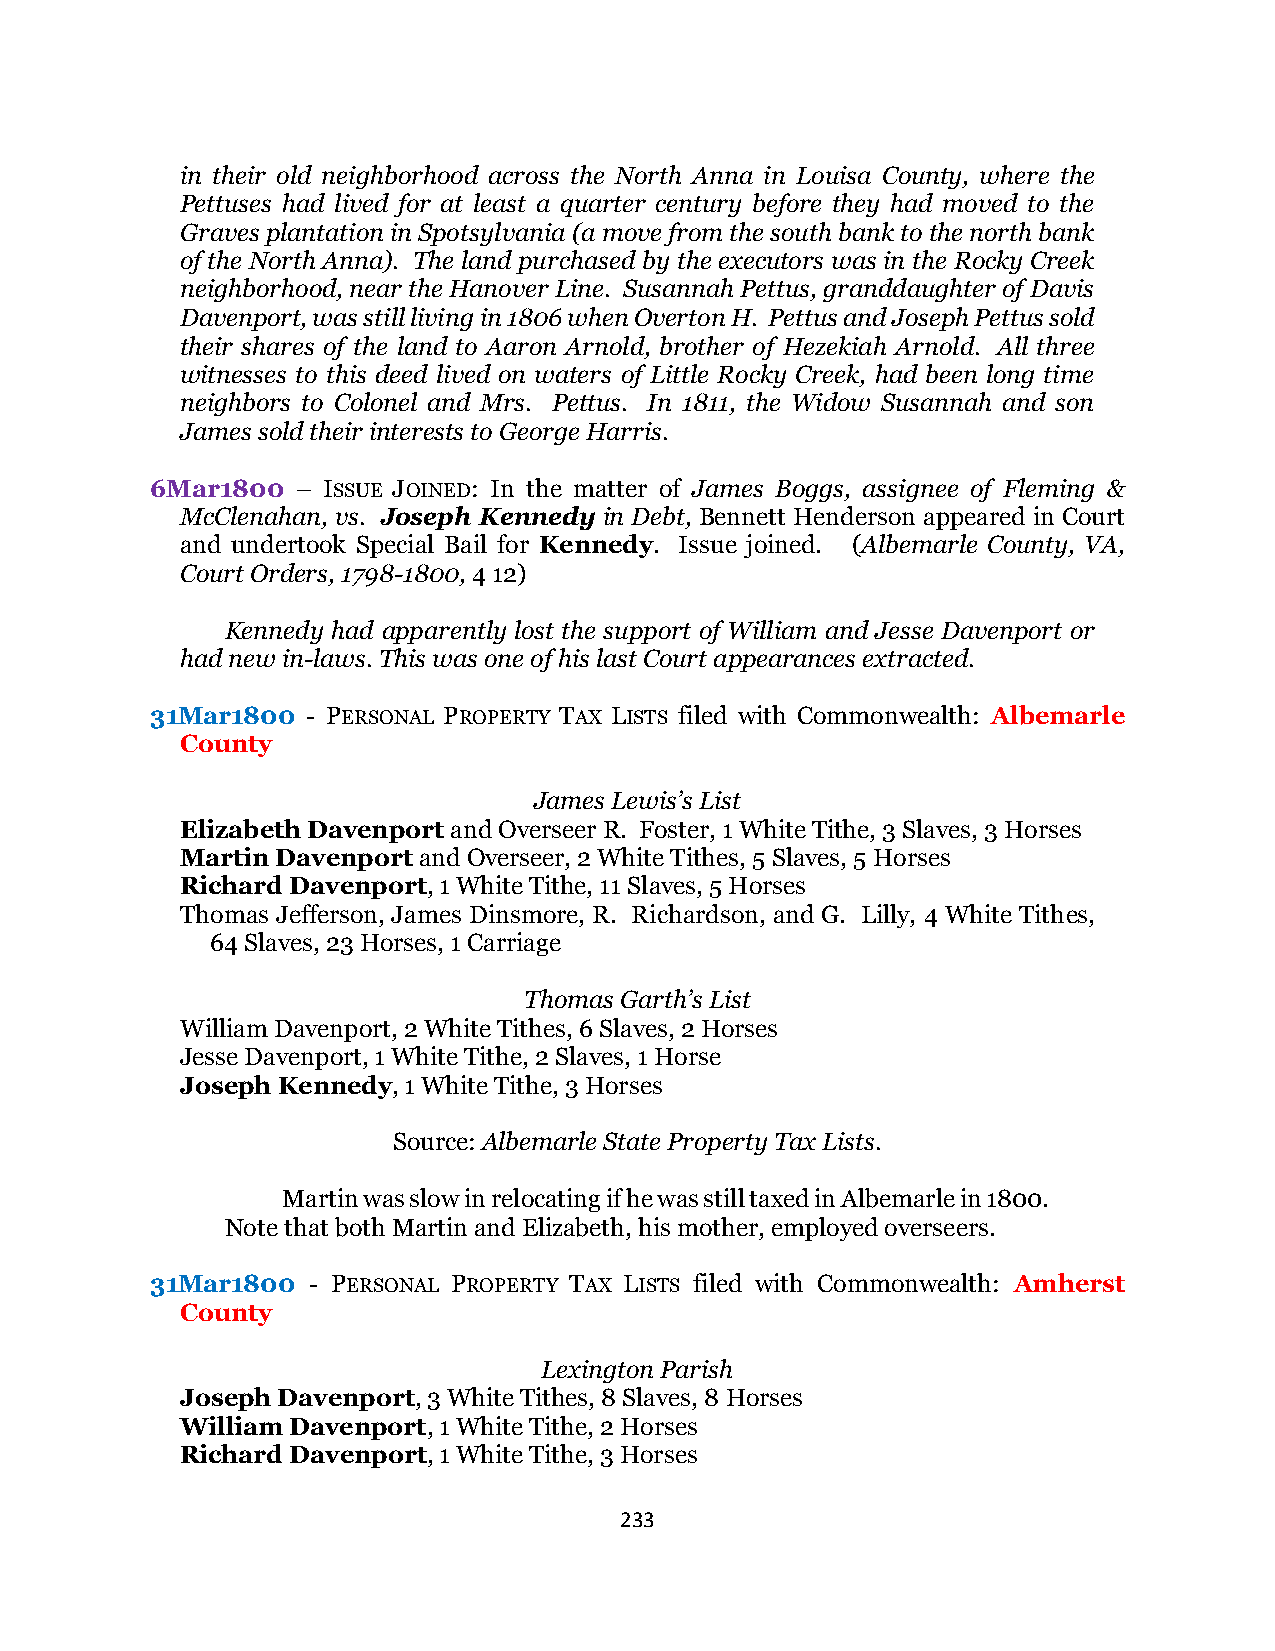
in their old neighborhood across the North Anna in Louisa County, where the
 Pettuses had lived for at least a quarter century before they had moved to the
 Graves plantation in Spotsylvania (a move from the south bank to the north bank
 of the North Anna). The land purchased by the executors was in the Rocky Creek
 neighborhood, near the Hanover Line. Susannah Pettus, granddaughter of Davis
 Davenport, was still living in 1806 when Overton H. Pettus and Joseph Pettus sold
 their shares of the land to Aaron Arnold, brother of Hezekiah Arnold. All three
 witnesses to this deed lived on waters of Little Rocky Creek, had been long time
 neighbors to Colonel and Mrs. Pettus. In 1811, the Widow Susannah and son
 James sold their interests to George Harris.
 6Mar1800  – ISSUE JOINED: In the matter of James Boggs, assignee of Fleming &
 McClenahan, vs. Joseph Kennedy in Debt, Bennett Henderson appeared in Court
 and undertook Special Bail for Kennedy. Issue joined. (Albemarle County, VA,
 Court Orders, 1798-1800, 4 12)
 Kennedy had apparently lost the support of William and Jesse Davenport or
 had new in-laws. This was one of his last Court appearances extracted.
 31Mar1800 - PERSONAL PROPERTY TAX LISTS filed with Commonwealth: Albemarle
 County
 James Lewis’s List
 Elizabeth Davenport and Overseer R. Foster, 1 White Tithe, 3 Slaves, 3 Horses
 Martin Davenport and Overseer, 2 White Tithes, 5 Slaves, 5 Horses
 Richard Davenport, 1 White Tithe, 11 Slaves, 5 Horses
 Thomas Jefferson, James Dinsmore, R. Richardson, and G. Lilly, 4 White Tithes,
 64 Slaves, 23 Horses, 1 Carriage
 Thomas Garth’s List
 William Davenport, 2 White Tithes, 6 Slaves, 2 Horses
 Jesse Davenport, 1 White Tithe, 2 Slaves, 1 Horse
 Joseph Kennedy, 1 White Tithe, 3 Horses
 Source: Albemarle State Property Tax Lists.
 Martin was slow in relocating if he was still taxed in Albemarle in 1800.
 Note that both Martin and Elizabeth, his mother, employed overseers.
 31Mar1800 - PERSONAL PROPERTY TAX LISTS filed with Commonwealth: Amherst
 County
 Lexington Parish
 Joseph Davenport, 3 White Tithes, 8 Slaves, 8 Horses
 William Davenport, 1 White Tithe, 2 Horses
 Richard Davenport, 1 White Tithe, 3 Horses
 233